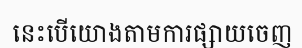
នេះបើយោងតាមការផ្សាយចេញ